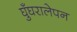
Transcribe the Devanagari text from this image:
घुँघरालेपन